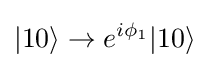
|10\rangle \rightarrow e^{i\phi _{1}}|10\rangle